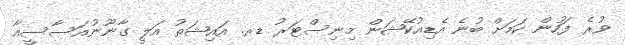
ވުރެ ފަހުން ކަމަށް ބުނެ އެޑިއުކޭޝަން މިނިސްޓަރު ޑރ. އައިޝަތު އަލީ ގާނޫނުއަސާސީއާ